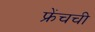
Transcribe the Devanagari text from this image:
फ्रेंचची